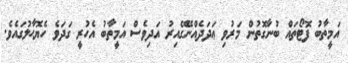
އަމީތާބު ފޮޓޯތައް ބުނާގޮތުން މަރުވި ޢަދަދެއްނޭގޭއިރު އަދިވެސް އަމީތާބު އެހުރީ ގަދަވެ ހެޔޮޙާލުގައެވެ.